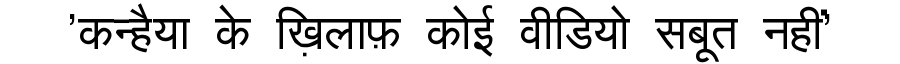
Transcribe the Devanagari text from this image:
'कन्हैया के ख़िलाफ़ कोई वीडियो सबूत नहीं'